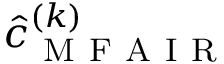
\hat { c } _ { \mathrm { ~ M ~ F ~ A ~ I ~ R ~ } } ^ { ( k ) }